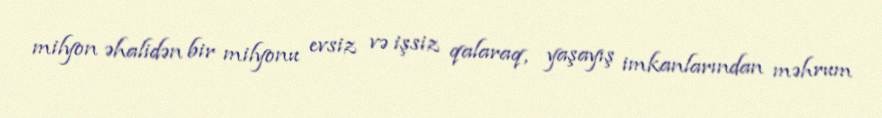
milyon əhalidən bir milyonu evsiz və işsiz qalaraq, yaşayış imkanlarından məhrum